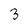
Character: 3